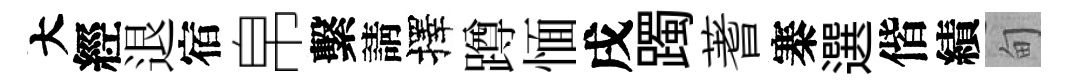
大經退宿帛繫請擇蹲愐戌躅蓍寨選偕績甸